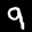
Label: 9